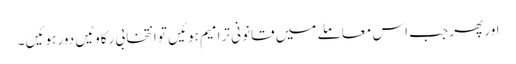
اور پھر جب اس معاملے میں قانونی ترامیم ہوئیں تو انتخابی رکاوٹیں دور ہوئیں ۔